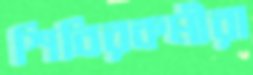
শিবিরকর্মীরা